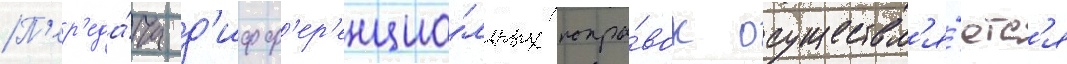
П'ер'еда́ча д'ифф'ер'енциа́льных попра́вок осуществл'я́етс'я